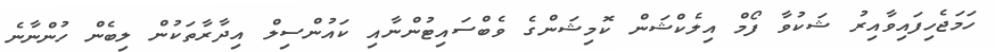
ހަމަޖެހިފައިވާއިރު ޝަކުވާ ފޯމް އިލެކްޝަން ކޮމިޝަންގެ ވެބްސައިޓުންނާއި ކައުންސިލް އިދާރާތަކުން ލިބެން ހުންނާނެ